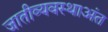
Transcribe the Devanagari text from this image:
जातीव्यवस्थाअंत